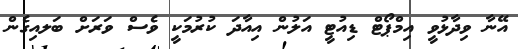
އޭނާ ވިދާޅުވީ އިމްޕޯޓް ޑިއުޓީ އަލުން އިއާދަ ކުރުމަކީ ވެސް ވަރަށް ބަަލއިގެން